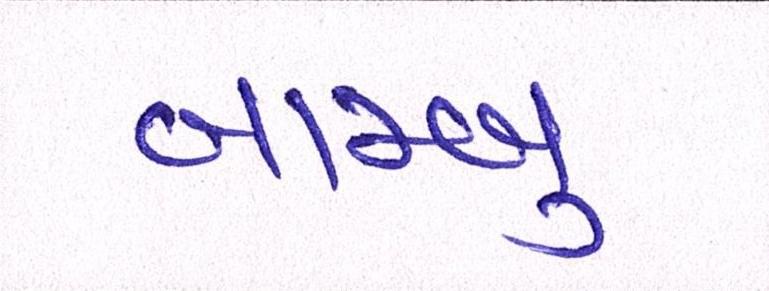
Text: બામ્બુ